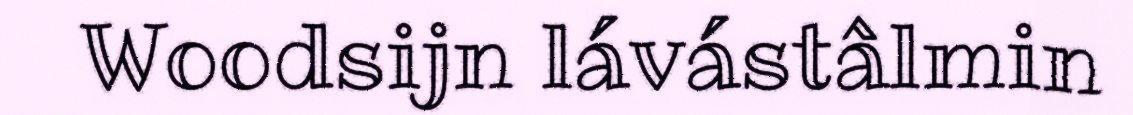
Woodsijn lávástâlmin